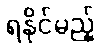
ရနိုင်မည့်